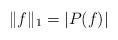
LaTeX: \begin{align*}\|f\|_{1} = |P(f)|\end{align*}